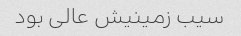
سیب زمینیش عالی بود